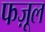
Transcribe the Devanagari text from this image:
फज़ूल